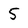
Character: 5